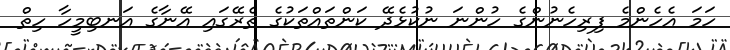
ހަމަ އެހެންމެ ފިރިހެނުންގެ ހުންނަ ނުކުޅެދޭ ކަންތައްތަކުގެ ތެރޭގައި އޭނާގެ އަނބިމީހާ ހިތް